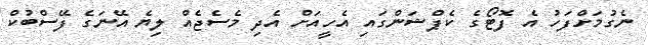
ނެގުމަށްފަހު އެ ފޮޓޯގެ ކެޕްޝަންގައި އެހީއަށް އެދި މެސެޖެއް ލިޔެ އޭނަގެ ފޭސްބުކް